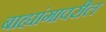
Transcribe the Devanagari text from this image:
बाह्यांगावरील